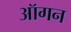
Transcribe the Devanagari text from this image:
ऑगन